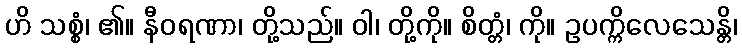
ဟိ သစ္စံ၊ ၏။ နီဝရဏာ၊ တို့သည်။ ဝါ၊ တို့ကို။ စိတ္တံ၊ ကို။ ဥပက္ကိလေသေန္တိ၊